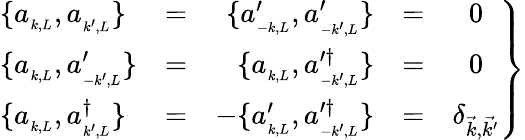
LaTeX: \left.{\begin{array}{lcrcc}{{\{ a_{_{k,L}},a_{_{k^{\prime},L}}\} }}&{{=}}&{{\; \{ a_{_{-k,L}}^{\prime},a_{_{-k^{\prime},L}}^{\prime}\} }}&{{=}}&{{0}}\\ {{\{ a_{_{k,L}},a_{_{-k^{\prime},L}}^{\prime}\} }}&{{=}}&{{\{ a_{_{k,L}},a_{_{-k^{\prime},L}}^{\prime\dagger}\} }}&{{=}}&{{0}}\\ {{\{ a_{_{k,L}},a_{_{k^{\prime},L}}^{\dagger}\} }}&{{=}}&{{-\{ a_{_{k,L}}^{\prime},a_{_{-k^{\prime},L}}^{\prime\dagger}\} }}&{{=}}&{{\delta_{\vec{k},\vec{k^{\prime}}}}}\end{array}}\right\}